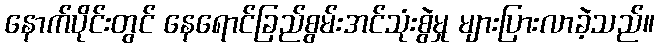
နောက်ပိုင်းတွင် နေရောင်ခြည်စွမ်းအင်သုံးစွဲမှု များပြားလာခဲ့သည်။